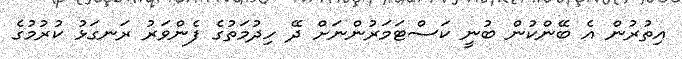
އިތުރުން އެ ބޭންކުން ބުނީ ކަސްޓަމަރުންނަށް ދޭ ހިދުމަތުގެ ފެންވަރު ރަނގަޅު ކުރުމުގެ